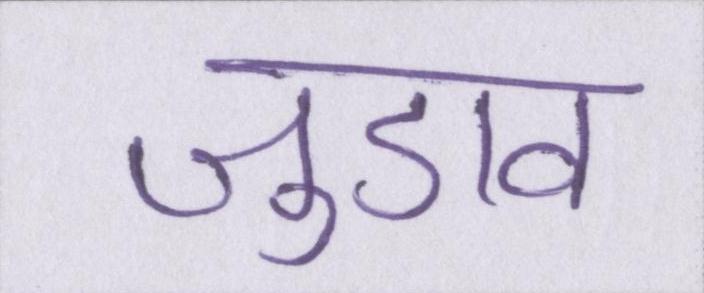
जुडाव